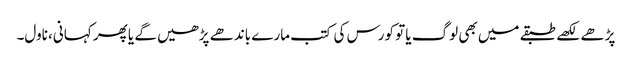
پڑھے لکھے طبقے میں بھی لوگ یا تو کورس کی کتب مارے باندھے پڑھیں گے یا پھر کہانی، ناول۔